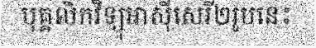
បុគ្គលិកវិទ្យុអាស៊ីសេរី២រូបនេះ